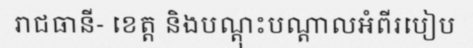
រាជធានី- ខេត្ត និងបណ្តុះបណ្តាលអំពីរបៀប